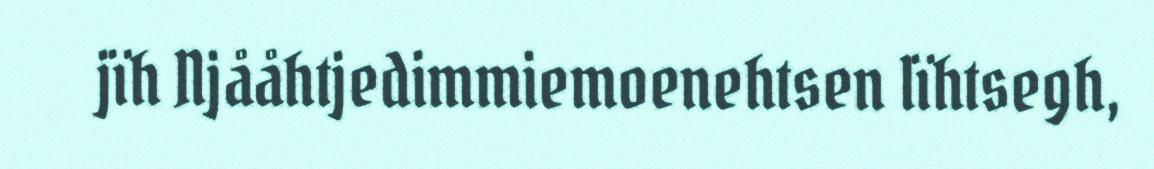
jïh Njååhtjedimmiemoenehtsen lïhtsegh,